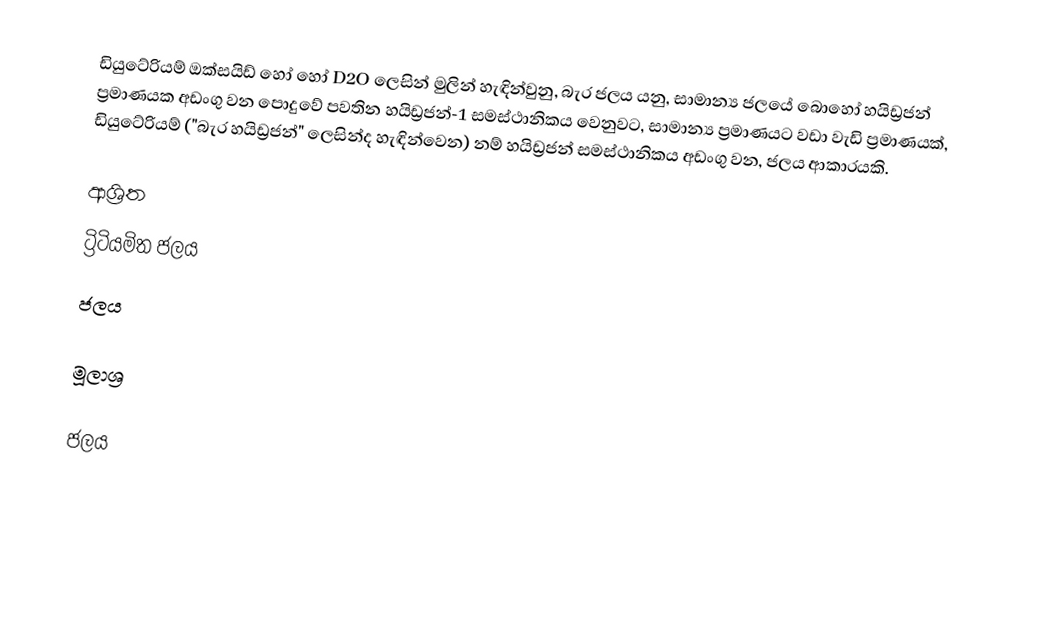
ඩියුටේරියම් ඔක්සයිඩ් හෝ   හෝ  D2O ලෙසින් මුලින් හැඳින්වුනු,  බැර ජලය යනු, සාමාන්‍ය ජලයේ බොහෝ හයිඩ්‍රජන් ප්‍රමාණයක අඩංගු වන  පොදුවේ පවතින හයිඩ්‍රජන්-1 සමස්ථානිකය වෙනුවට, සාමාන්‍ය ප්‍රමාණයට වඩා වැඩි ප්‍රමාණයක්, ඩියුටේරියම් ("බැර හයිඩ්‍රජන්" ලෙසින්ද හැඳින්වෙන) නම් හයිඩ්‍රජන් සමස්ථානිකය අඩංගු වන, ජලය ආකාරයකි.

ආශ්‍රිත
 ට්‍රිටියමිත ජලය
 ජලය

මූලාශ්‍ර

ජලය